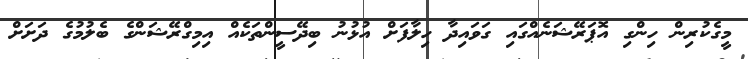
މީގެކުރިން ހިންގި އޮޕަރޭޝަނެއްގައި ގަވައިދާ ހިލާފަށް އުޅުނު ބިދޭސީންތަކެއް އިމިގްރޭޝަންގެ ބެލުމުގެ ދަށަށް